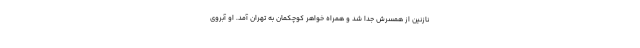
نازنین از همسرش جدا شد و همراه خواهر کوچکمان به تهران آمد. او آبروی